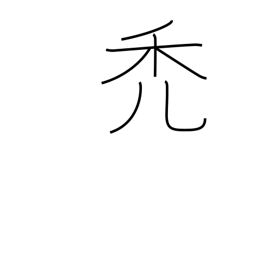
Meaning: waste away